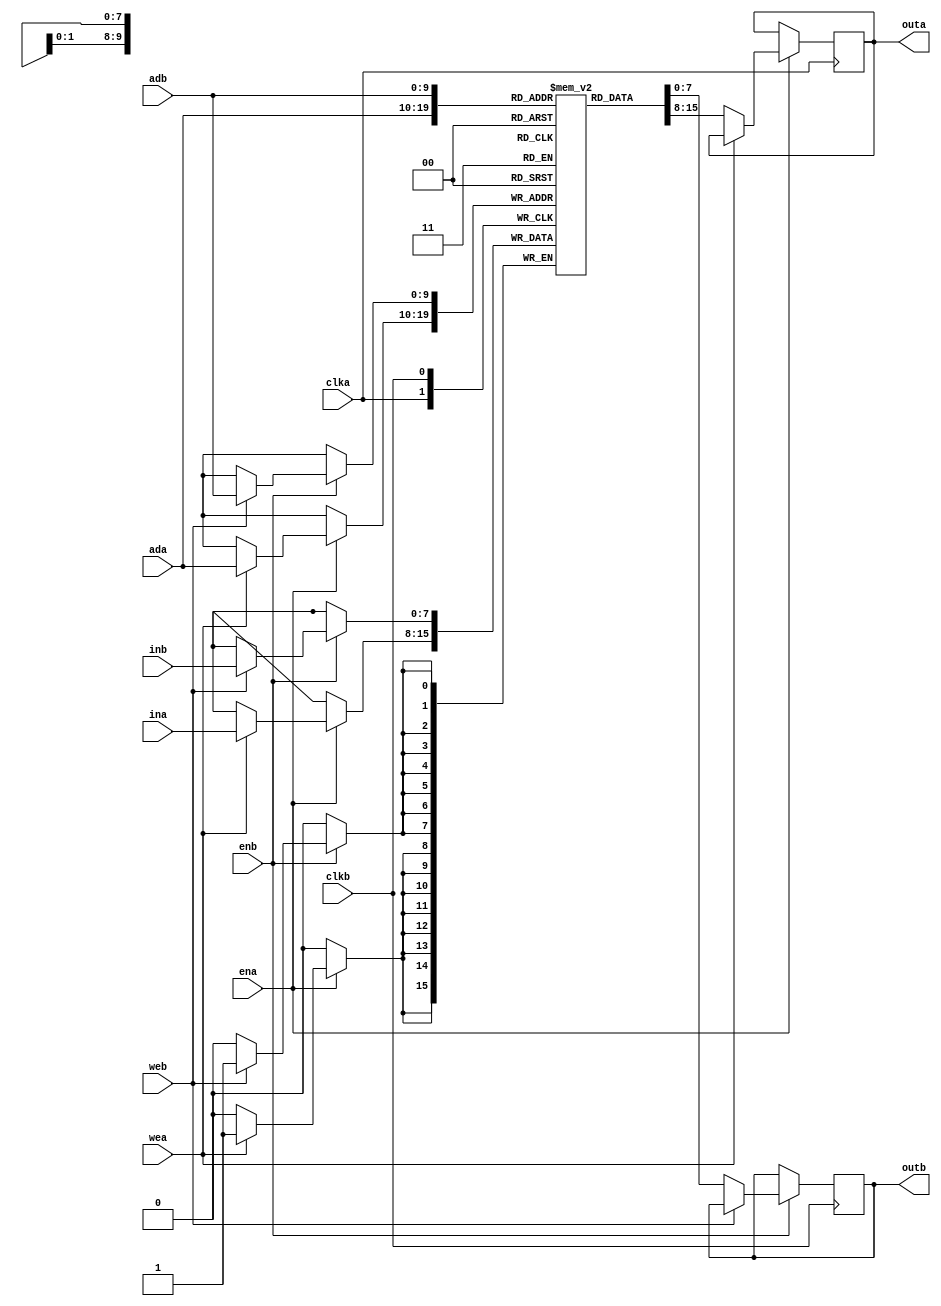
`timescale 1ns / 1ps
//////////////////////////////////////////////////////////////////////////////////
// Company: 
// Engineer: 
// 
// Design Name: 
// Module Name:    dp_sram 
// Project Name: 
// Target Devices: 
// Tool versions: 
// Description: 
//
// Dependencies: 
//
// Revision: 
// Revision 0.01 - File Created
// Additional Comments: 
//
//////////////////////////////////////////////////////////////////////////////////

module dp_sram(clka,clkb,ada,adb,ina,inb,ena,enb,wea,web,outa,outb);

input clka,clkb,ena,wea,enb,web;

input[9:0] ada,adb;

input[7:0] ina,inb;

output reg [7:0] outa,outb;

reg [7:0] mem [0:1023];

initial begin

outa = 8'b00000000;

outb = 8'b00000000;

end

//PORT A
always@(posedge clka)
begin
if(ena)
begin

if(wea)
mem[ada]<=ina;
else
outa <= mem[ada];
end

else
outa<= outa;
end

//assign outa=mem[ada];

//PORT B
always@(posedge clkb)
begin

if(enb)
begin
if(web)
mem[adb]<=inb;
else
outb <= mem[adb];
end

else
outb <= outb;

end

//assign outb=mem[adb];
endmodule